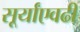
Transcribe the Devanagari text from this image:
सूर्यांएवढी